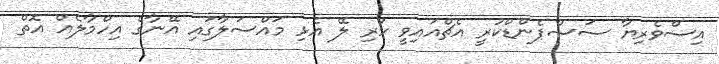
އިސްވެރިޔާ ސަސްޕެންޑްކުރީ އެޗްއައިވީ ހުރި ލޭ އެޅި މައްސަލާގައި އޭނާގެ އިހްމާލެއް އޮތް